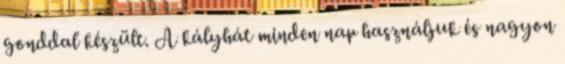
gonddal készült. A kályhát minden nap használjuk és nagyon